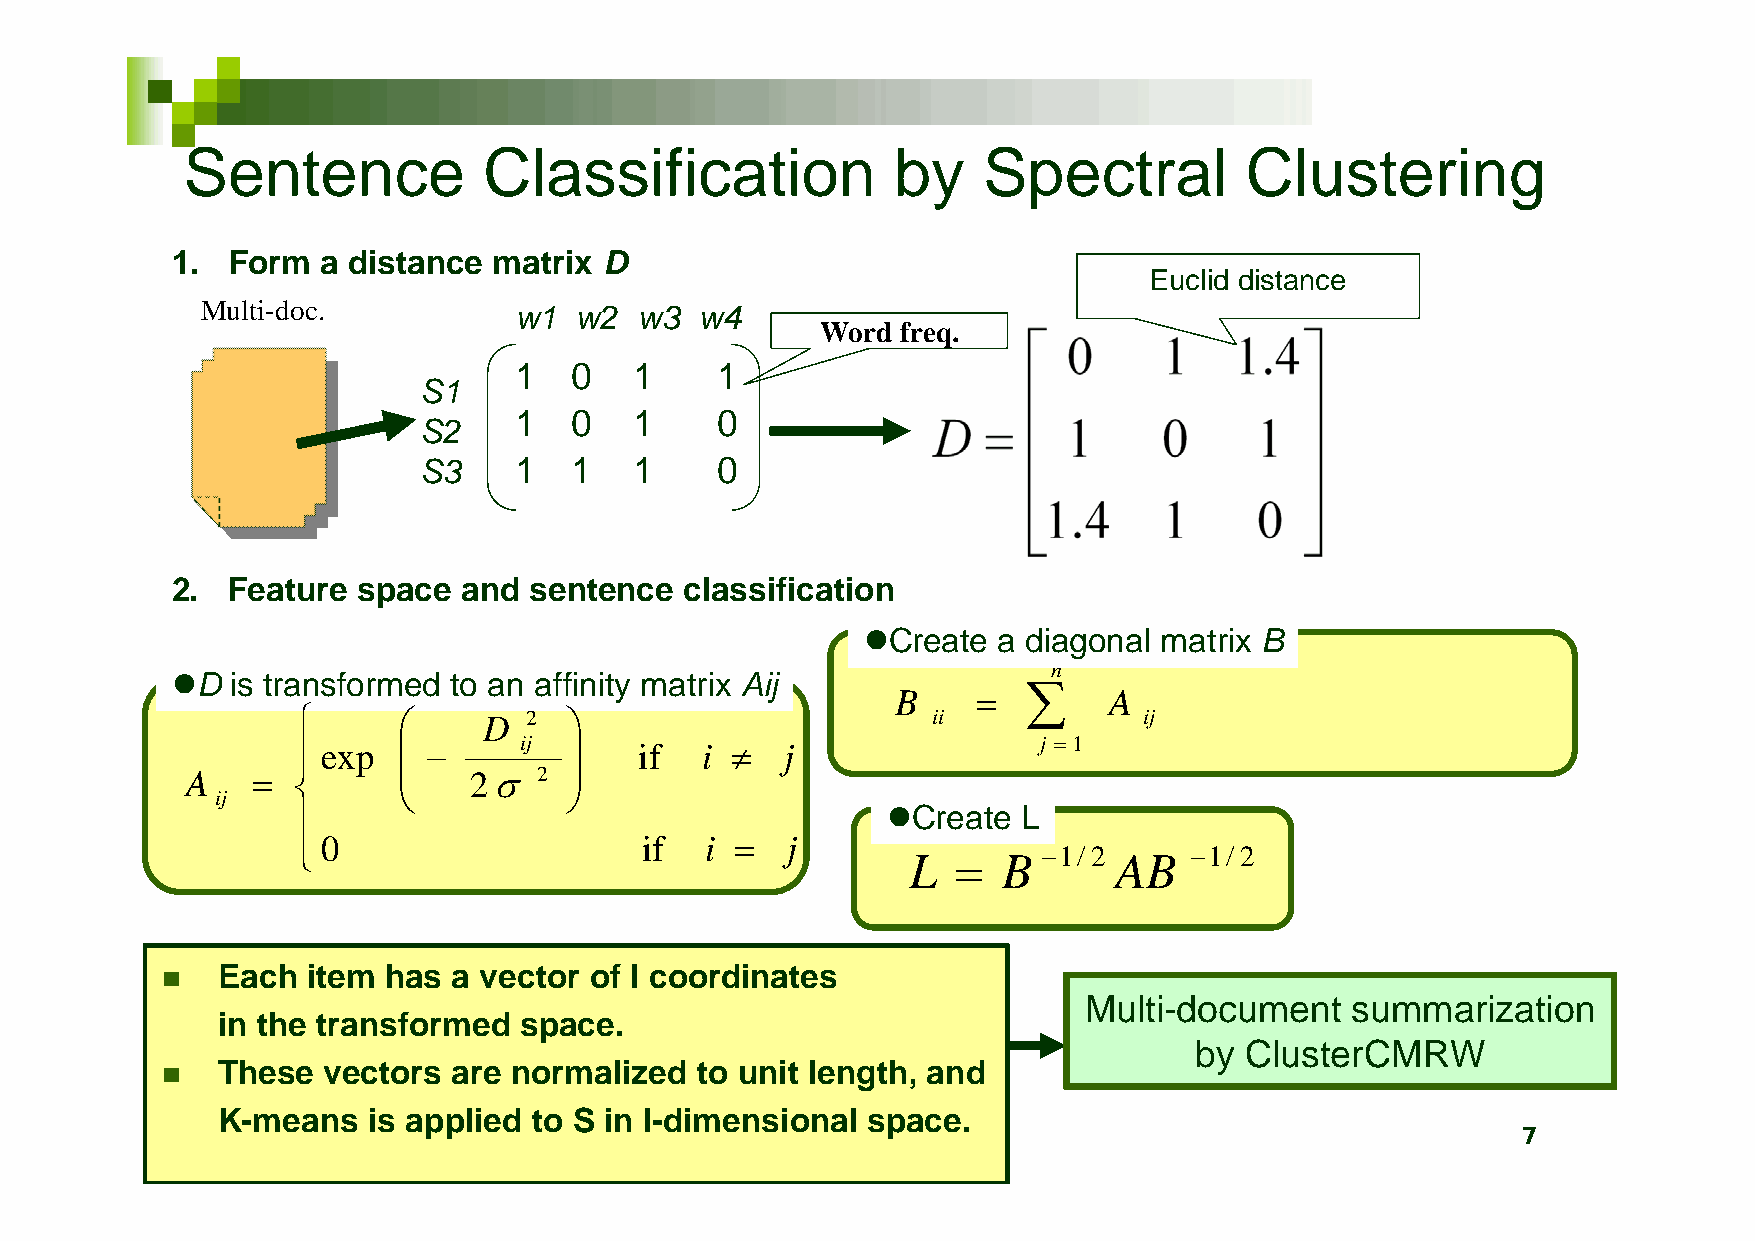
Sentence            Classification             by    Spectral         Clustering
 1.  Form  a distance  matrix D
 Euclid distance
 Multi-doc.           w1  w2  w3  w4
 Word  freq.
 1   0   1    1
 S1
 1   0   1    0
 S2
 S3    1   1   1    0
 2.  Feature  space  and sentence  classification
 Create  a diagonal matrix B
 n
 D  is transformed to an affinity matrix Aij
 B           A
           D  2                         ii            ij
  exp       ij     if  i    j                j  1
 A               2   2 
            
 ij
 Create  L
 
 0                    if   i   j
                                        L    B  1/ 2 AB  1/ 2
 Each  item  has a vector of l coordinates
 
 Multi-document   summarization
 in the transformed  space.
 by ClusterCMRW
 These  vectors  are normalized  to unit length, and
 
 K-means   is applied to S in l-dimensional space.
 7